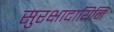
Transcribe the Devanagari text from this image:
सुरक्षादायिनि